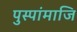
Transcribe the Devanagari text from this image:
पुस्पांमाजि